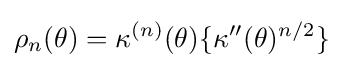
\rho _{n}(\theta )=\kappa ^{(n)}(\theta )\{\kappa ''(\theta )^{n/2}\}